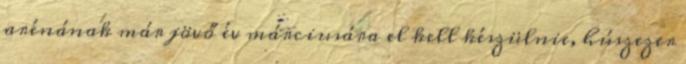
arénának már jövő év márciusára el kell készülnie, húszezer